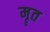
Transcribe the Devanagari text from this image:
मॄत